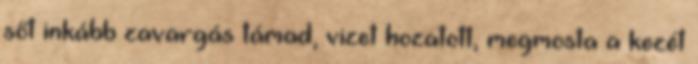
sőt inkább zavargás támad, vizet hozatott, megmosta a kezét